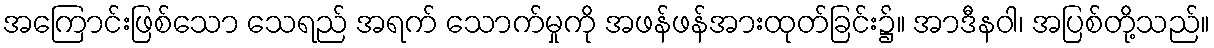
အကြောင်းဖြစ်သော သေရည် အရက် သောက်မှုကို အဖန်ဖန်အားထုတ်ခြင်း၌။ အာဒီနဝါ၊ အပြစ်တို့သည်။